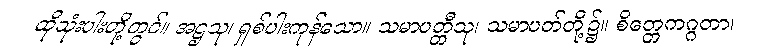
ထိုသုံးပါးတို့တွင်။ အဋ္ဌသု၊ ရှစ်ပါးကုန်သော။ သမာပတ္တီသု၊ သမာပတ်တို့၌။ စိတ္တေကဂ္ဂတာ၊